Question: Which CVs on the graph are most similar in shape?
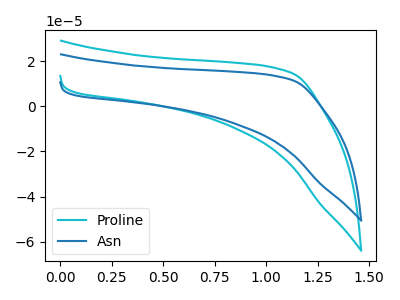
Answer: <think>The cyan curve "Proline" has no peaks. The blue curve "Asn" has no peaks.
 Neither "Proline" or "Asn" have any peaks.</think>
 <answer>"Asn" and "Proline" have the same shape and are likely CV's of the same chemical.</answer>
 <eval>"Asn" "Proline"</eval>